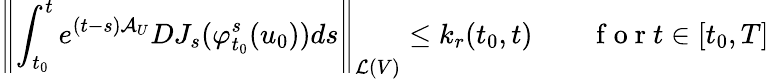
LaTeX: \left\Vert\int_{t_{0}}^{t}e^{(t-s)\mathcal{A}_{U}}DJ_{s}(\varphi_{t_{0}}^{s}(u_{0}))ds\right\Vert_{\mathcal{L}(V)}\leq k_{r}(t_{0},t)\qquad\mathrm{~f~o~r~}t\in[t_{0},T]